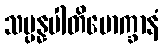
သမ္ပန္နပါတိမောက္ခာနံ